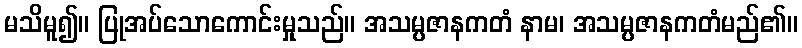
မသိမူ၍။ ပြုအပ်သောကောင်းမှုသည်။ အသမ္ပဇာနကတံ နာမ၊ အသမ္ပဇာနကတံမည်၏။